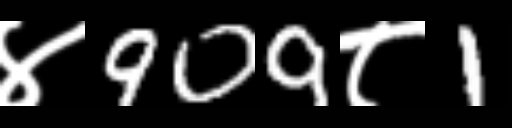
Text: ४909८1